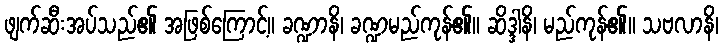
ဖျက်ဆီးအပ်သည်၏ အဖြစ်ကြောင့်။ ခဏ္ဍာနိ၊ ခဏ္ဍမည်ကုန်၏။ ဆိဒ္ဒါနိ၊ မည်ကုန်၏။ သဗလာနိ၊